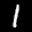
Label: 1